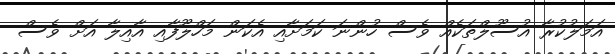
އަމަލުކުރާ އުސޫލްތަކެއް ވެސް ހުންނަ ކަމަށާއި އެކަން މަހްލޫފާއި އާއިލާ އަށް ވެސް